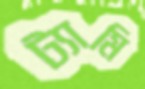
ট্যামি